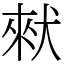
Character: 猌